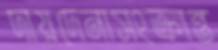
দায়দেনাসংক্রান্ত